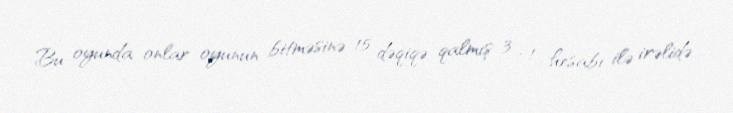
Bu oyunda onlar oyunun bitməsinə 15 dəqiqə qalmış 3 : 1 hesabı ilə irəlidə